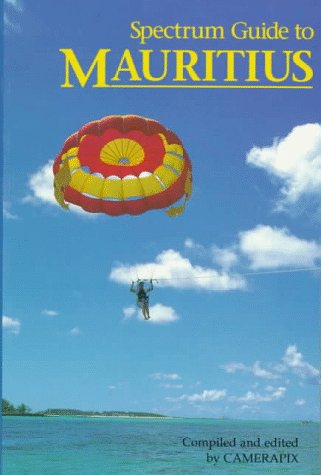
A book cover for Spectrum Guide to Mauritius (Spectrum Guides); Travel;